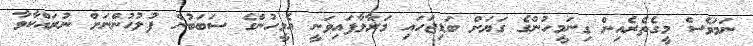
ނަމަވެސް މީގެތެރެއިން ގިނަމީހުންގެ ގަޔަށް ބަޑިޖަހައި މަރާލާފައިވަނީ އެމީހުންގެ ސަބަބުން ފުލުހުންނަށް ނުރައްކާވާ